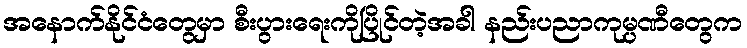
အနောက်နိုင်ငံတွေမှာ စီးပွားရေးကိုပြိုင်တဲ့အခါ နည်းပညာကုမ္ပဏီတွေက